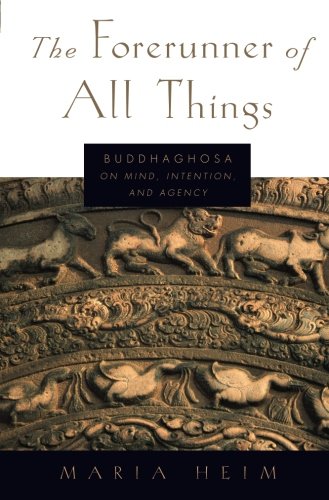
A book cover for The Forerunner of All Things: Buddhaghosa on Mind, Intention, and Agency; Maria Heim; Religion & Spirituality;